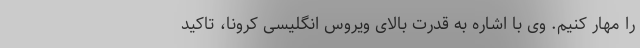
را مهار کنیم. وی با اشاره به قدرت بالای ویروس انگلیسی کرونا، تاکید